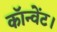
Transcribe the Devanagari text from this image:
कॉन्वेंट।